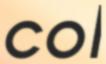
COL